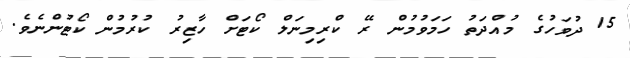
15 ދުވަހުގެ މުއްދަތު ހަމަވުމުން ރޭ ކްރިމިނަލް ކޯޓަށް ހާޒިރު ކުރުމުން ކޯޓުންނެވެ.